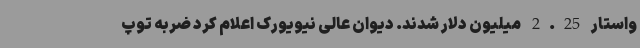
واستار 2.25 میلیون دلار شدند. دیوان عالی نیویورک اعلام کرد ضربه توپ